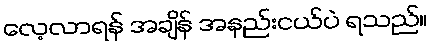
လေ့လာရန် အချိန် အနည်းငယ်ပဲ ရသည်။